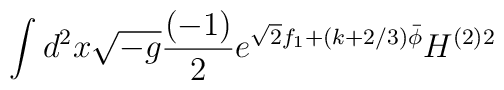
\int d^2 x \sqrt{-g} \frac{(-1)}{2} e^{\sqrt{2} f_1 + (k + 2/3) \bar{\phi}}  H^{(2) 2}